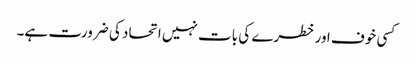
کسی خوف اور خطرے کی بات نہیں اتحاد کی ضرورت ہے۔